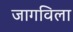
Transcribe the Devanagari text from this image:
जागविला